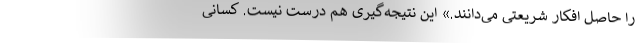
را حاصل افکار شریعتی می‌دانند.» این نتیجه‌گیری هم درست نیست. کسانی